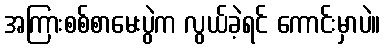
အကြားစစ်စာမေးပွဲက လွယ်ခဲ့ရင် ကောင်းမှာပဲ။